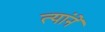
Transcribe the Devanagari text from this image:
त्यांनें